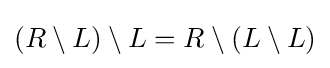
(R\setminus L)\setminus L=R\setminus (L\setminus L)